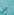
الن